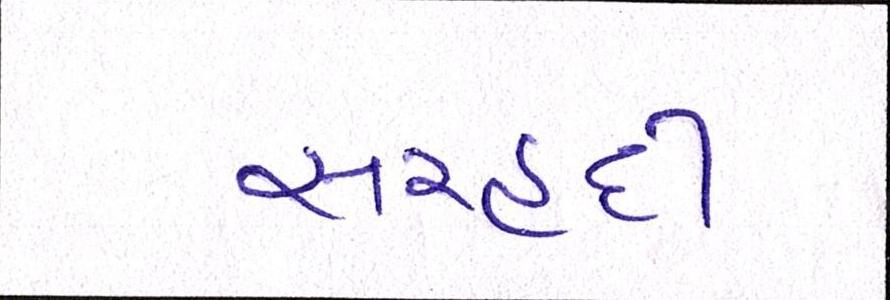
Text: સરહદી